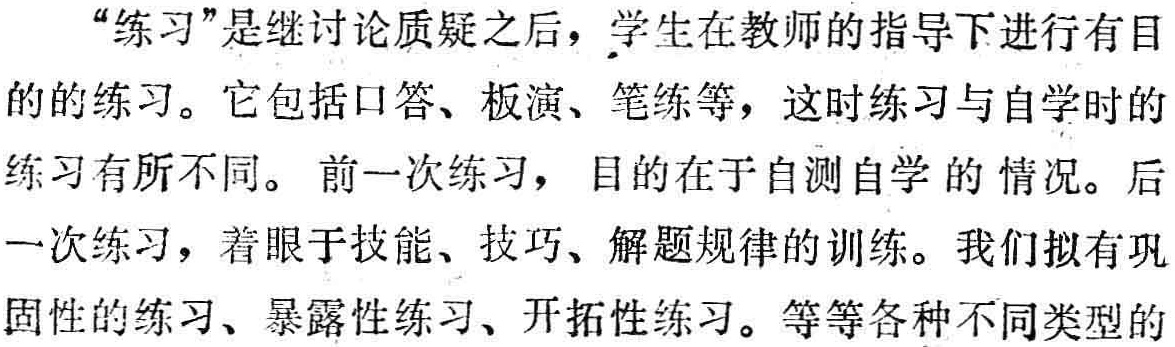
“练习”是继讨论质疑之后，学生在教师的指导下进行有目的的练习。它包括口答、板演、笔练等，这时练习与自学时的练习有所不同。 前一次练习，目的在于自测自学的情况。后一次练习，着眼于技能、技巧、解题规律的训练。我们拟有巩固性的练习、暴露性练习、开拓性练习。等等各种不同类型的